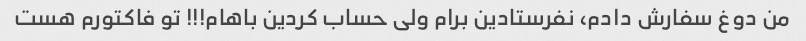
من دوغ سفارش دادم، نفرستادین برام ولی حساب کردین باهام!!! تو فاکتورم هست